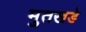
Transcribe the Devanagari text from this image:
मुतखडे